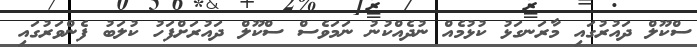
ސްކޫލް ދައުރުގައި މާރަނގަޅު ކުޅުމެއް ނުދެއްކުނު ނަމަވެސް ސްކޫލް ދައުރަށްފަހު ކުލަބު ފެންވަރުގައި